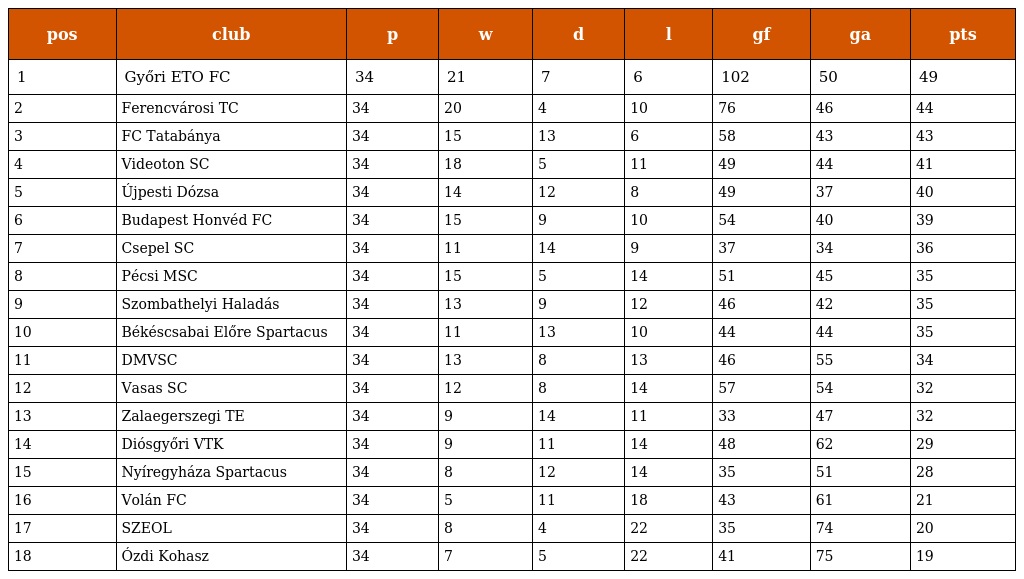
| pos | club | p | w | d | l | gf | ga | pts |
 | --- | --- | --- | --- | --- | --- | --- | --- | --- |
 | 1 | Győri ETO FC | 34 | 21 | 7 | 6 | 102 | 50 | 49 |
 | 2 | Ferencvárosi TC | 34 | 20 | 4 | 10 | 76 | 46 | 44 |
 | 3 | FC Tatabánya | 34 | 15 | 13 | 6 | 58 | 43 | 43 |
 | 4 | Videoton SC | 34 | 18 | 5 | 11 | 49 | 44 | 41 |
 | 5 | Újpesti Dózsa | 34 | 14 | 12 | 8 | 49 | 37 | 40 |
 | 6 | Budapest Honvéd FC | 34 | 15 | 9 | 10 | 54 | 40 | 39 |
 | 7 | Csepel SC | 34 | 11 | 14 | 9 | 37 | 34 | 36 |
 | 8 | Pécsi MSC | 34 | 15 | 5 | 14 | 51 | 45 | 35 |
 | 9 | Szombathelyi Haladás | 34 | 13 | 9 | 12 | 46 | 42 | 35 |
 | 10 | Békéscsabai Előre Spartacus | 34 | 11 | 13 | 10 | 44 | 44 | 35 |
 | 11 | DMVSC | 34 | 13 | 8 | 13 | 46 | 55 | 34 |
 | 12 | Vasas SC | 34 | 12 | 8 | 14 | 57 | 54 | 32 |
 | 13 | Zalaegerszegi TE | 34 | 9 | 14 | 11 | 33 | 47 | 32 |
 | 14 | Diósgyőri VTK | 34 | 9 | 11 | 14 | 48 | 62 | 29 |
 | 15 | Nyíregyháza Spartacus | 34 | 8 | 12 | 14 | 35 | 51 | 28 |
 | 16 | Volán FC | 34 | 5 | 11 | 18 | 43 | 61 | 21 |
 | 17 | SZEOL | 34 | 8 | 4 | 22 | 35 | 74 | 20 |
 | 18 | Ózdi Kohasz | 34 | 7 | 5 | 22 | 41 | 75 | 19 |